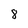
Character: 8